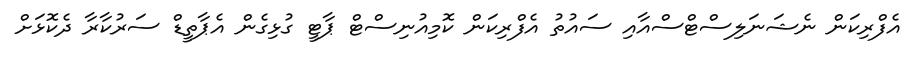
އެފްރިކަން ނެޝަނަލިސްޓްސްއާއި ސައުތު އެފްރިކަން ކޮމިއުނިސްޓް ޕާޓީ ގުޅިގެން އެޕާތީޑް ސަރުކާރާ ދެކޮޅަށް